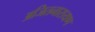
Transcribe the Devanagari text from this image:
अजितनारायण